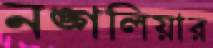
নঙ্গলিয়ার